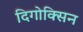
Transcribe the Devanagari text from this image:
दिगोक्सिन